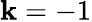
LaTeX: \mathbf{k}=-1